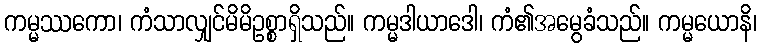
ကမ္မဿကော၊ ကံသာလျှင်မိမိဥစ္စာရှိသည်။ ကမ္မဒါယာဒေါ၊ ကံ၏အမွေခံသည်။ ကမ္မယောနိ၊